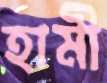
হামী